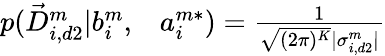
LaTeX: \begin{array}{rl}{p(\vec{D}_{i,d2}^{m}|b_{i}^{m},}&{{}a_{i}^{m*})=\frac{1}{\sqrt{(2\pi)^{K}}|\sigma_{i,d2}^{m}|}}\end{array}